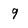
Character: 9